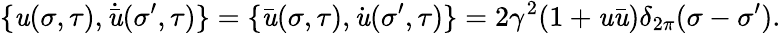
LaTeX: \{ \mathit{u}(\sigma,\tau),\dot{{\bar{{\mathit{u}}}}}(\sigma^{\prime},\tau)\} =\{ \bar{{\mathit{u}}}(\sigma,\tau),\dot{{\mathit{u}}}(\sigma^{\prime},\tau)\} =2\gamma^{2}(1+\mathit{u}\bar{{\mathit{u}}})\delta_{2\pi}(\sigma-\sigma^{\prime}).